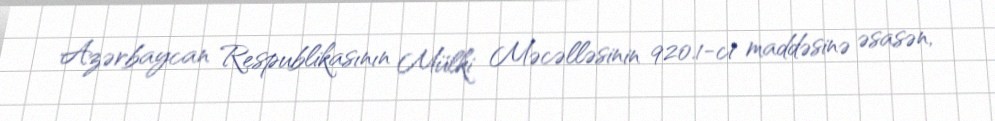
Azərbaycan Respublikasının Mülki Məcəlləsinin 920.1-ci maddəsinə əsasən,